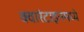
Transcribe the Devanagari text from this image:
क्वारंटाइनमध्ये